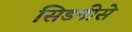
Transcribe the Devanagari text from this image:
सिडनीसे